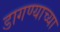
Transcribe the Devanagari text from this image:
डागण्याच्या